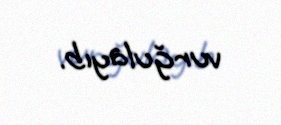
vurğulayıb.